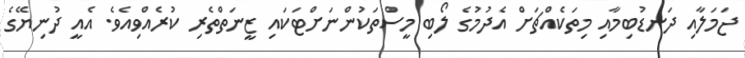
ޖަމަލާއި ދަނޑުބިމާއި މިތަކެއްޗަށް އެދުމުގެ ލޯބި މީސްތަކުންނަށްޓަކައި ޒީނަތްތެރި ކުރެއްވިއެވެ. އެއީ ދުނިޔޭގެ